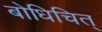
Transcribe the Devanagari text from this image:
बोधिचित्